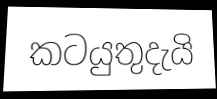
කටයුතුදැයි